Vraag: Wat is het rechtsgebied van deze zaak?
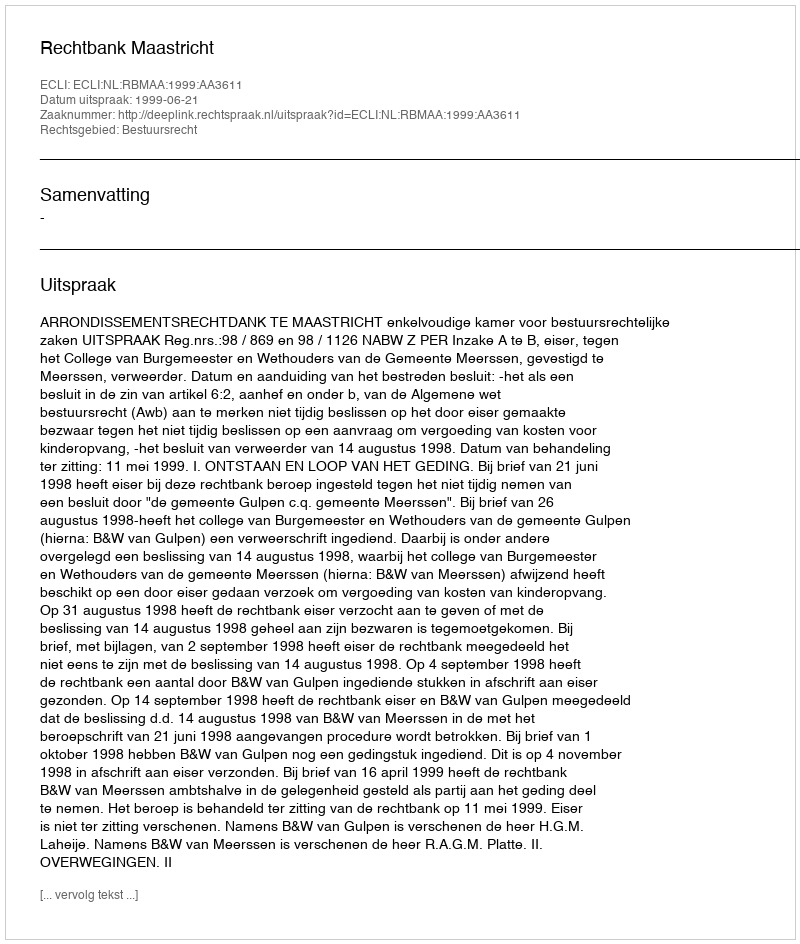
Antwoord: Bestuursrecht